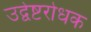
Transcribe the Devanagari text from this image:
उद्वेष्टरोधक